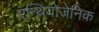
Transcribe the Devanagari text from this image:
एन्थियोजेनिक